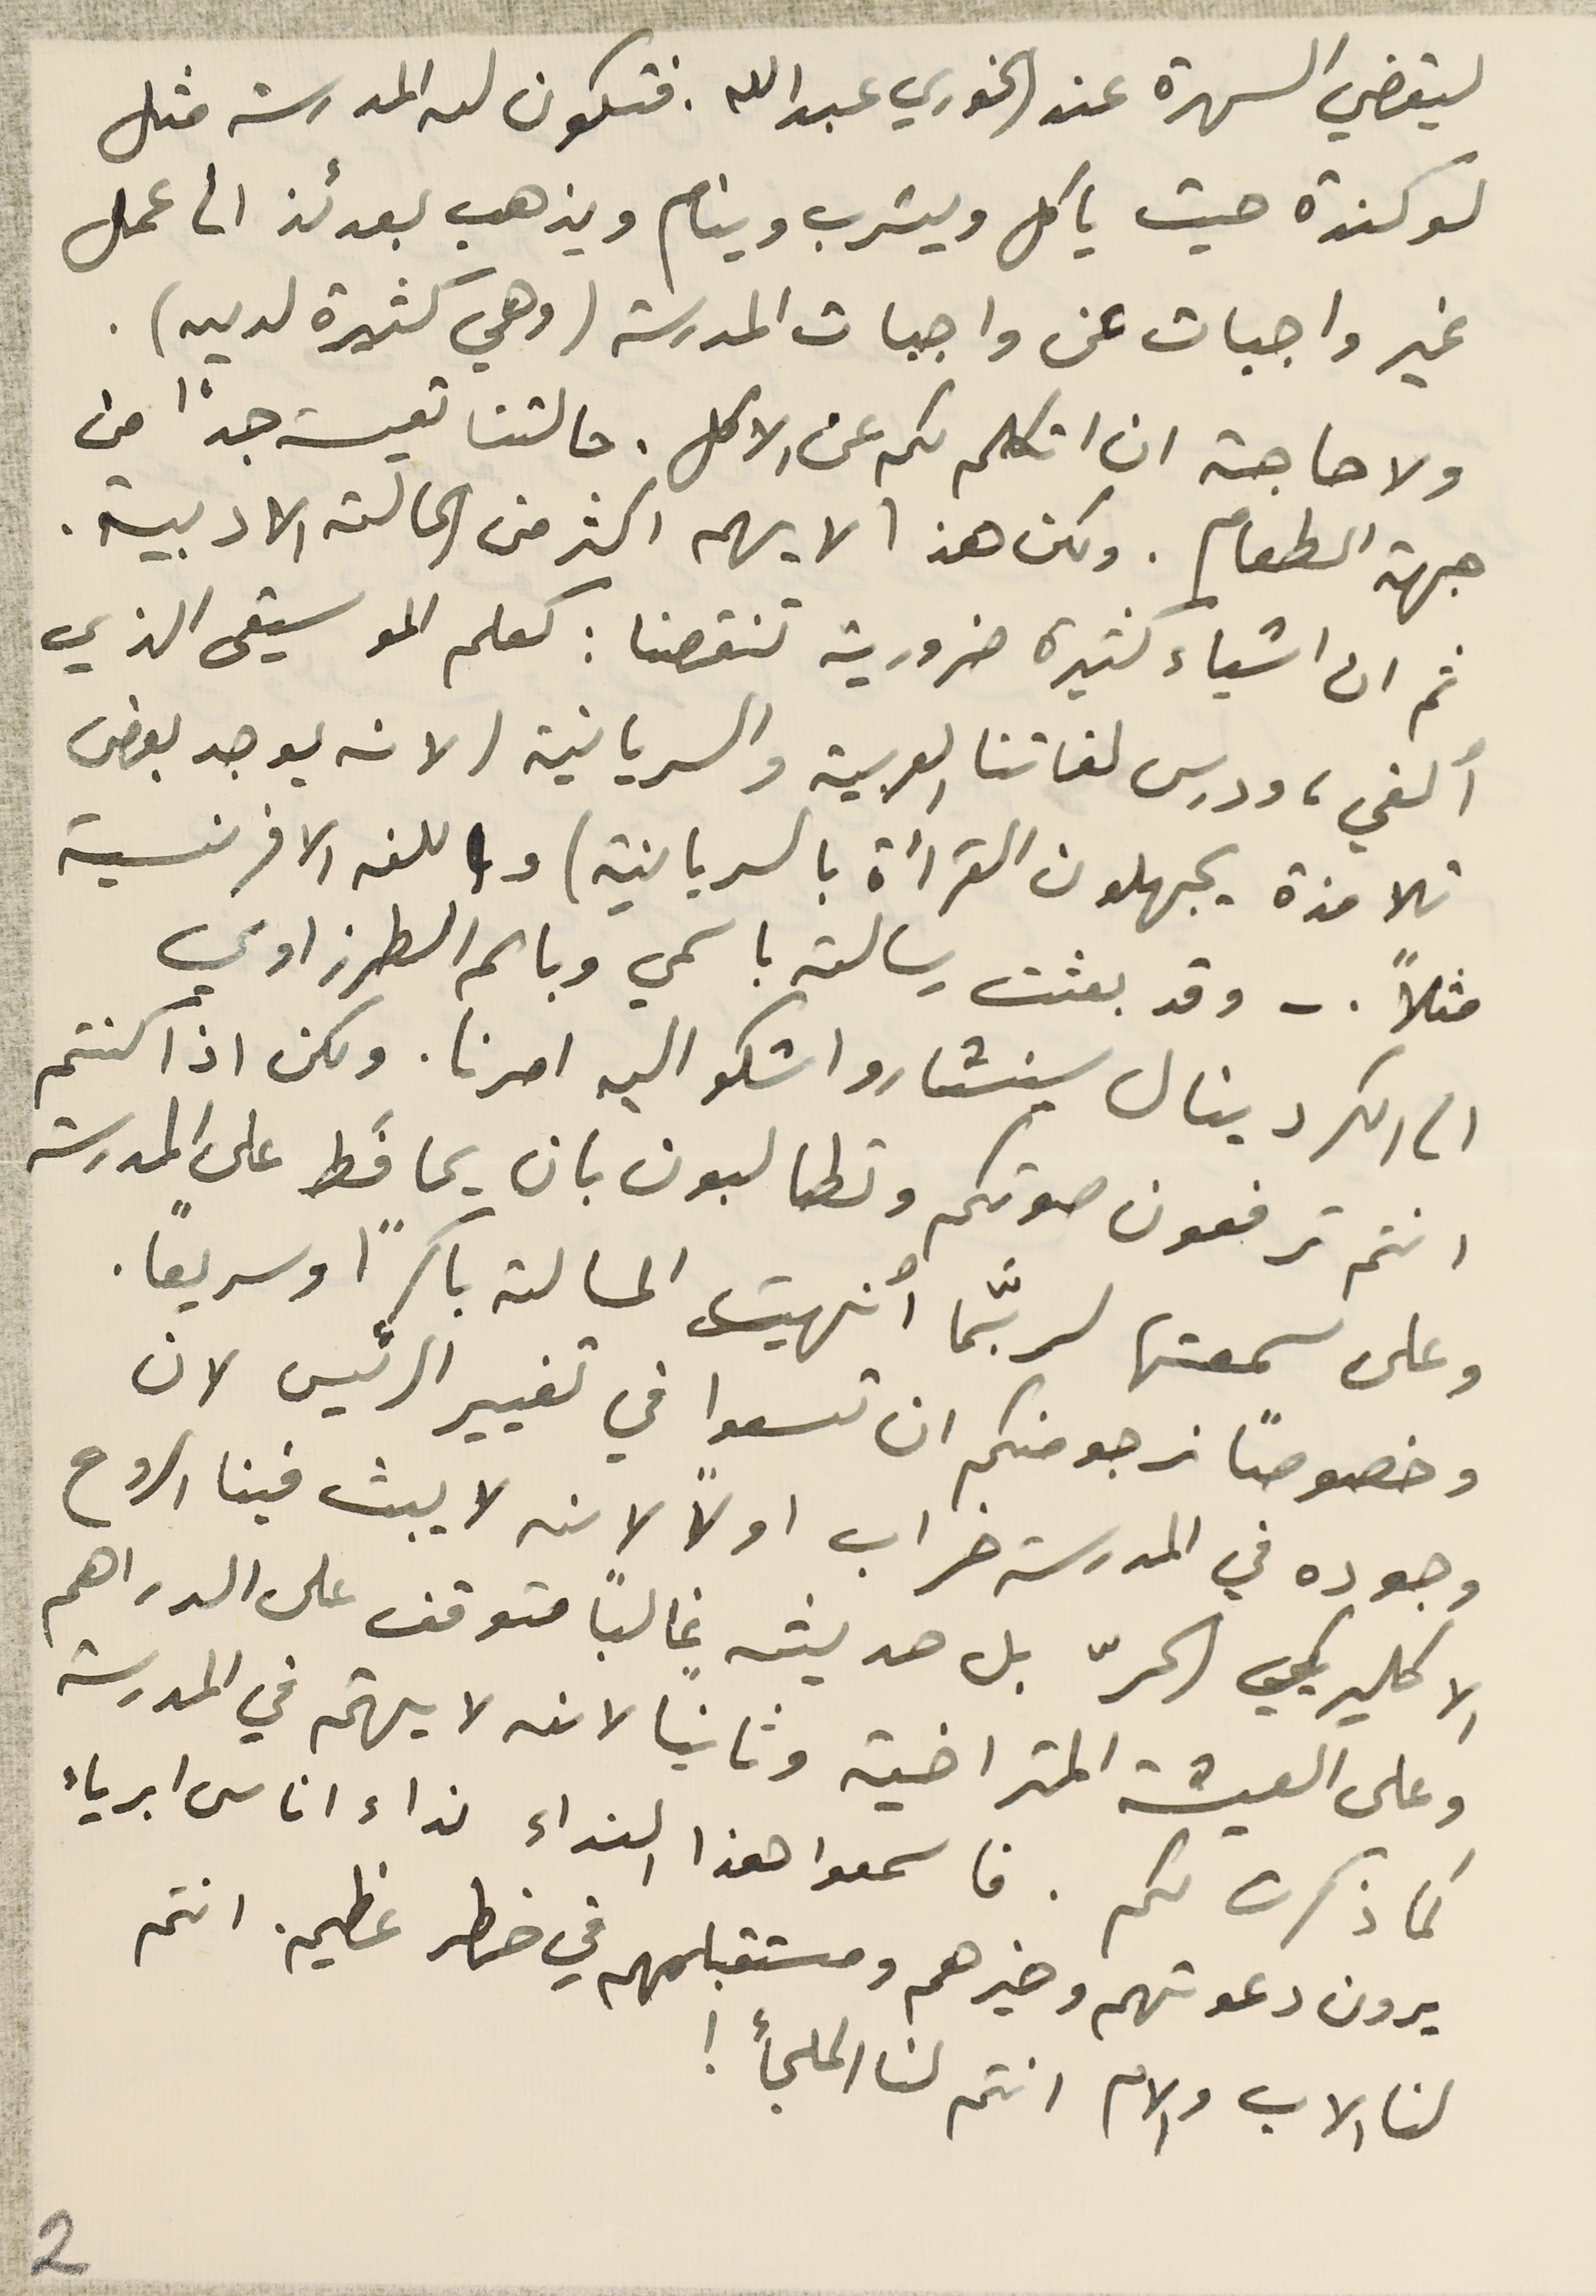
ليقضي السهرة عند الخوري عبدالله. فتكون له المدرسة مثل
 لوكندة حيث ياكل ويشرب وينام ويذهب بعدئذ الى عمل
 غير واجبات عن واجبات المدرسة (و هي كثيرة لديه)
ولا حاجة ان اتكلم لكم عن الاكل. حالتنا تعيسة جدًا من
جهة الطعام. ولكن هذا لا يهم اكثر من الحالة الادبية.
ثم ان اشياء كثيرة ضرورية تنقصنا : كعلم الموسيقى الذي
 ألغي، ودرس لغاتنا العربية والسريانية (لانه يوجد بعض
تلامذة يجهلون القرأة بالسريانية) وباللغه الافرنسية
مثلاً .- وقد بعثت رسالة باسمي وباسم الطرزاوي
الى الكردينال سينشارو اشكو اليه امرنا. ولكن اذا كنتم
انتم ترفعون صوتكم وتطالبون بان يحافظ على المدرسة
وعلى سمعتها لربَّما أنهيت المسالة باكرًا وسريعاً.
 وخصوصًا نرجو منكم ان تسعوا في تغيير الرئيس لان
وجوده في المدرسة خراب اولاً لانه لا يبث فينا الروح
الاكليريكي الحرّ بل حديثه غالباً متوقف على الدراهم
وعلى العيشة المتراخية وثانياً لانه لا يهتم في المدرسة
كما ذكرت لكم. فاسمعوا هذا النداء نداء اناس ابرياء
يرون دعوتهم وخيرهم ومستقبلهم في خطر عظيم. انتم
 لنا الاب والام انتم لنا الملجأ !
2